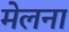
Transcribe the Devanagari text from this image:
मेलना